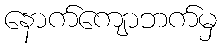
နောက်ကျောဘက်မှ